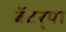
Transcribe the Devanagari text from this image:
बॅटर्‍या